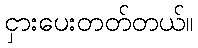
ငှားပေးတတ်တယ်။